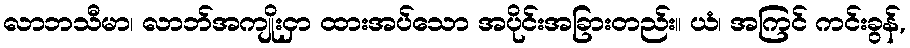
လာဘသီမာ၊ လာဘ်အကျိုးငှာ ထားအပ်သော အပိုင်းအခြားတည်း။ ယံ၊ အကြင် ကင်းခွန်,